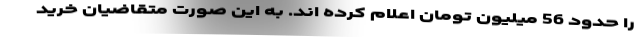
را حدود 56 میلیون تومان اعلام کرده اند. به این صورت متقاضیان خرید